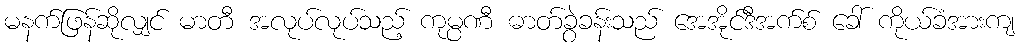
မနက်ဖြန်ဆိုလျှင် မာတီ အလုပ်လုပ်သည့် ကုမ္ပဏီ ဓာတ်ခွဲခန်းသည် အေအိုင်ဒီအက်စ် ခေါ် ကိုယ်ခံအားကျ